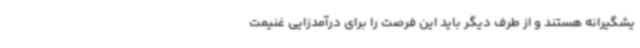
یشگیرانه هستند و از طرف دیگر باید این فرصت را برای درآمدزایی غنیمت